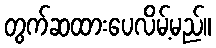
တွက်ဆထားပေလိမ့်မည်။